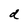
Character: d